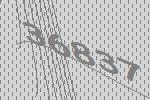
36837